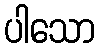
ပါသော